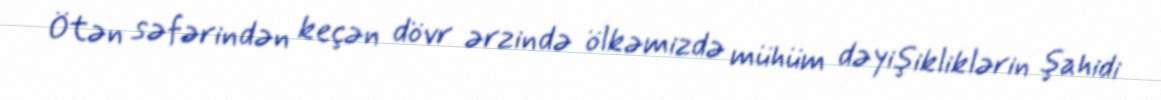
Ötən səfərindən keçən dövr ərzində ölkəmizdə mühüm dəyişikliklərin şahidi